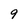
Character: 9